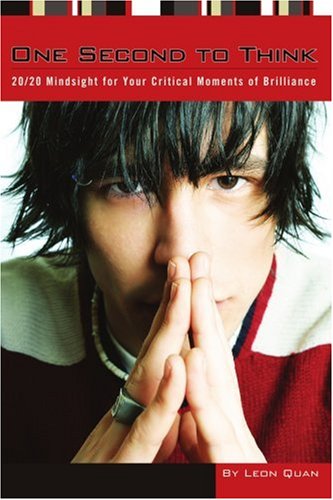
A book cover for One Second to Think: 20/20 Mindsight for Your Critical Moments of Brilliance; Leon Quan; Teen & Young Adult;